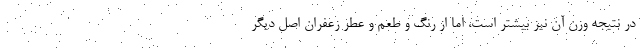
در نتیجه وزن آن نیز بیشتر است، اما از رنگ و طعم و عطر زعفران اصل دیگر